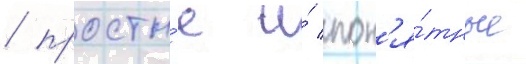
/ просты́е и́ пон'я́тные